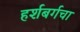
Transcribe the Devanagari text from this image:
हर्शबर्गचा